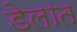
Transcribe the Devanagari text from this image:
डेलात